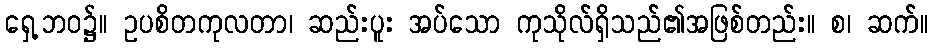
ရှေ့ဘဝ၌။ ဥပစိတကုလတာ၊ ဆည်းပူး အပ်သော ကုသိုလ်ရှိသည်၏အဖြစ်တည်း။ စ၊ ဆက်။